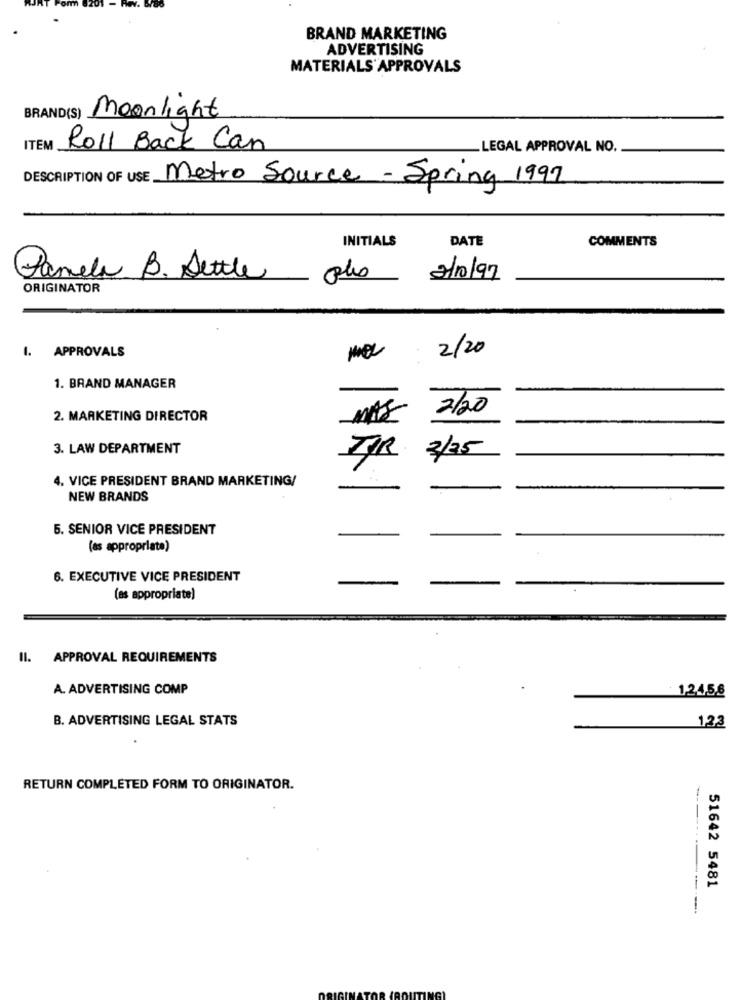
BRAND MARKETING
ADVERTISING
MATERIALS APPROVALS
BRAND(S) Moonlight
ITEM
Roll Back Can
LEGAL APPROVAL NO.
DESCRIPTION OF USE
Metro Source - Spring 1997
INITIALS
DATE
COMMENTS
Pamela B. Settle
2/10/97
ORIGINATOR
2/20
1. APPROVALS
1. BRAND MANAGER
2/20
2. MARKETING DIRECTOR
3. LAW DEPARTMENT
2/25
4. VICE PRESIDENT BRAND MARKETING/
NEW BRANDS
5. SENIOR VICE PRESIDENT
(as appropriate)
6. EXECUTIVE VICE PRESIDENT
(as appropriate)
II. APPROVAL REQUIREMENTS
A. ADVERTISING COMP
12458
B. ADVERTISING LEGAL STATS
123
RETURN COMPLETED FORM TO ORIGINATOR.
--
51642 5481